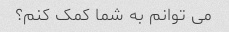
می توانم به شما کمک کنم؟